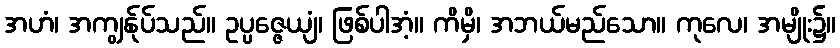
အဟံ၊ အကျွန်ုပ်သည်။ ဥပ္ပဇ္ဇေယျံ၊ ဖြစ်ပါအံ့။ ကိမှိ၊ အဘယ်မည်သော။ ကုလေ၊ အမျိုး၌။